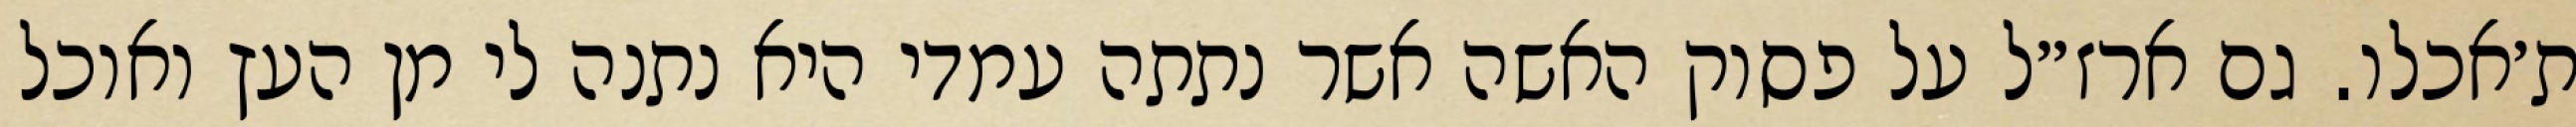
ת׳אכלו. גם ארז״ל על פסוק האשה אשר נתתה עמדי היא נתנה לי מן העץ ואוכל